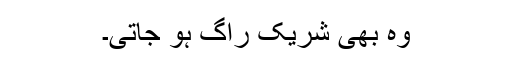
وہ بھی شریک راگ ہو جاتی۔